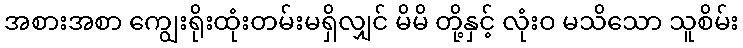
အစားအစာ ကျွေးရိုးထုံးတမ်းမရှိလျှင် မိမိ တို့နှင့် လုံးဝ မသိသော သူစိမ်း